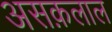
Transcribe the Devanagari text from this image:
असक़लाल